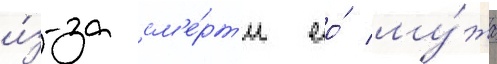
и́з-за см'е́рт'и ео́ му́жа